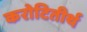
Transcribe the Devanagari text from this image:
करोटितीर्थ